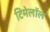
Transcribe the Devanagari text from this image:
टिमेलॉल